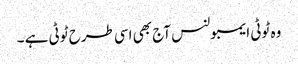
وہ ٹوٹی ایمبولنس آج بھی اسی طرح ٹوٹی ہے ۔